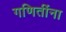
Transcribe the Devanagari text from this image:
गणितींना